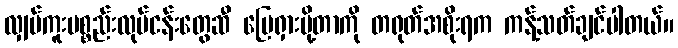
လျှပ်ကူးပစ္စည်းလုပ်ငန်းတွေဆီ မြေရှားပို့တာကို တရုတ်အစိုးရက ကန့်သတ်ချင်ပါတယ်။